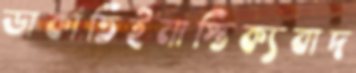
ডাকাতিইনাস্তিক্যবাদ